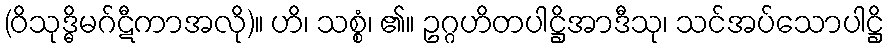
(ဝိသုဒ္ဓိမဂ်ဋီကာအလို)။ ဟိ၊ သစ္စံ၊ ၏။ ဥဂ္ဂဟိတပါဋ္ဌိအာဒီသု၊ သင်အပ်သောပါဋ္ဌိ